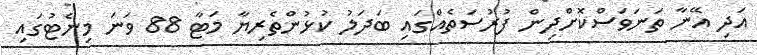
އަދި އޭނާ ތަނަވަސްކޮށްދިން ފުރުސަތެއްގައި ބަދަލު ކުޅުންތެރިޔާ މަޓާ 88 ވަނަ މިނެޓުގައި